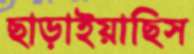
ছাড়াইয়াছিস